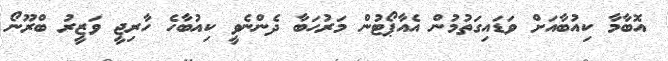
އޮބާމާ ކިއުބާއަށް ވަޑައިގަތުމުން އެއާޕޯޓުން މަރުހަބާ ދެންނެވީ ކިއުބާހެ ހާރިޖީ ވަޒީރު ބްރޫނޯ